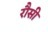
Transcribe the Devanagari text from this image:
रौसी